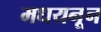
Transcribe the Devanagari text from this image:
मधयनून